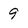
Character: 9